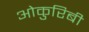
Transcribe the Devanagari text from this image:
ओकुरिबी